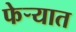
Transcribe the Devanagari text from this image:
फेऱ्यात